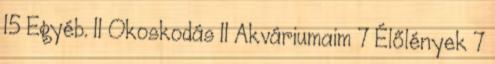
15 Egyéb. 11 Okoskodás 11 Akváriumaim 7 Élőlények 7